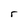
Character: r